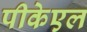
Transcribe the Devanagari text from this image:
पीकेएल